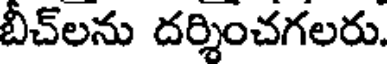
బీచ్లను దర్శించగలరు.